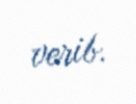
verib.